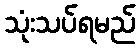
သုံးသပ်ရမည်